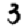
Digit: 3